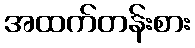
အထက်တန်းစား